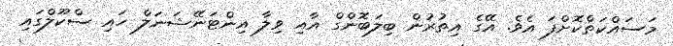
މަސައްކަތްކޮށްފަ އެވެ. އޭގެ އިތުރުން ބިލަބޮންގް އާއި ވިލާ އިންޓަނޭޝަނަލް ހައި ސްކޫލްގައި